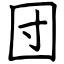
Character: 団